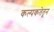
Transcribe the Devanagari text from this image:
कल्पकतेतून